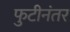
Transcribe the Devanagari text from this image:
फुटीनंतर